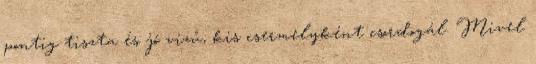
pontig tiszta és jó vizű, kis csermelyként csordogál. Mivel